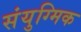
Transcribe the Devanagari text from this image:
संयुग्मिक